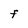
Character: F